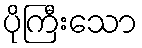
ပိုကြီးသော